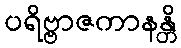
ပရိဗ္ဗာဇကာနန္တိ